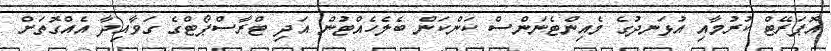
އޮޕަރޭޓް ކުރުމާއި އުޅަނދުގެ މެއިންޓެނަންސް ކަންކަން ބެލެހެއްޓުން އަދި ޓްރާސްޕޯޓްގެ ގަވާއިދާ އެއްގޮތަށް